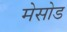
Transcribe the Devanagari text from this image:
मेसोड